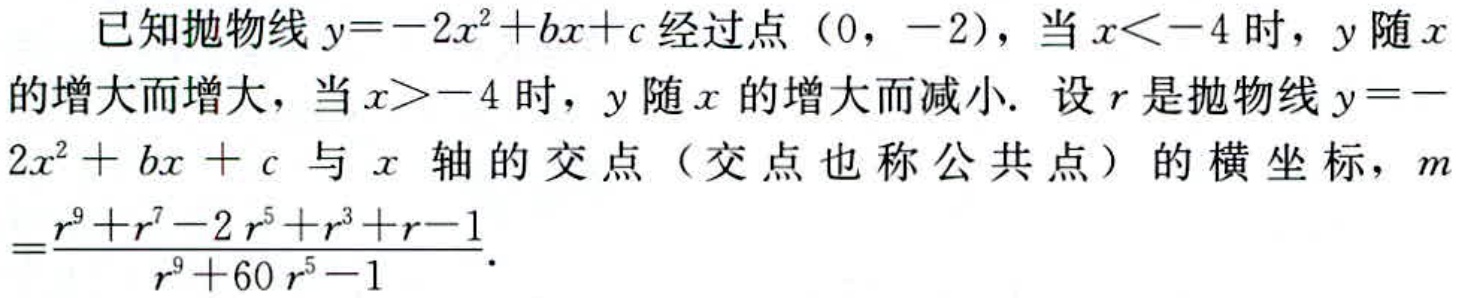
已知抛物线\(y = -2x^{2}+bx + c\)经过点\((0,-2)\)，当\(x < -4\)时，\(y\)随\(x\)的增大而增大，当\(x > -4\)时，\(y\)随\(x\)的增大而减小. 设\(r\)是抛物线\(y = -2x^{2}+bx + c\)与\(x\)轴的交点（交点也称公共点）的横坐标，\(m=\dfrac{r^{9}+r^{7}-2r^{5}+r^{3}+r - 1}{r^{9}+60r^{5}-1}\).